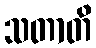
သတာတိ